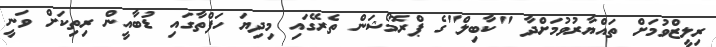
ރިލީޒްވުމަށް ތައްޔާރުވުމަށްދާ "ކާބިލް"ގެ ޕްރޮމޯޝަން ތެރޭގައި މިދިޔަ ހަފްތާގައި ޑުބާއީން ރިތިކަށް ވަނީ